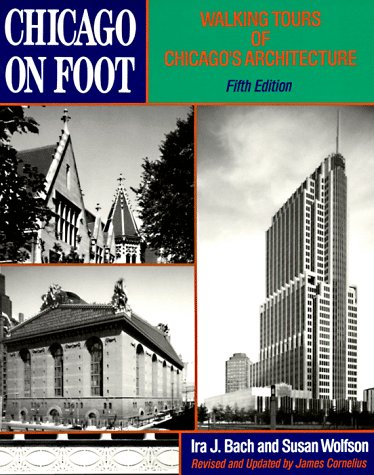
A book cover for Chicago on Foot: Walking Tours of Chicago's Architecture; Ira J. Bach; Travel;